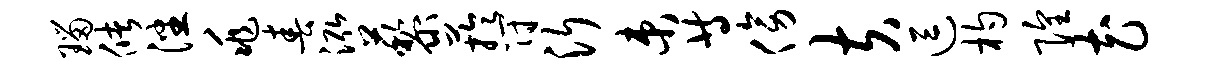
瑙储潘兆春泓藜芋符沂束等傍夫逗杓隍花